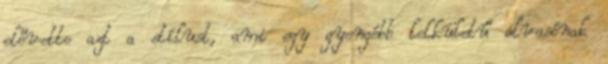
elővette azt a stílust, ami egy gyengébb lelkületű olvasónak